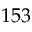
1 5 3